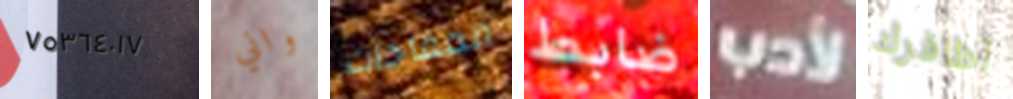
٧٥٣٦٤٠١٧ واني المفاجآت ضابط لأدب أظافرك